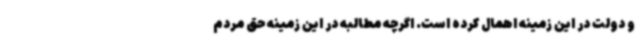
و دولت در این زمینه اهمال کرده است. اگرچه مطالبه در این زمینه حق مردم